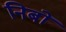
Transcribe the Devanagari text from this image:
निबों